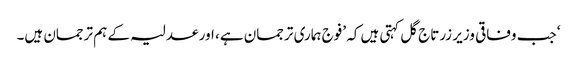
‘ جب وفاقی وزیر زرتاج گل کہتی ہیں کہ ’فوج ہماری ترجمان ہے، اور عدلیہ کے ہم ترجمان ہیں۔